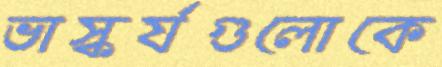
ভাস্কর্যগুলোকে